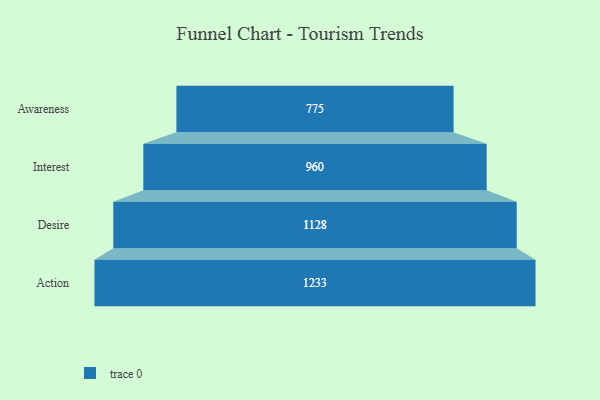
{"axis": {"x": "Stage", "y": "Value"}, "legend": [""], "data": [{"x": "Awareness", "y": 775.0, "type": ""}, {"x": "Interest", "y": 960.0, "type": ""}, {"x": "Desire", "y": 1128.0, "type": ""}, {"x": "Action", "y": 1233.0, "type": ""}]}